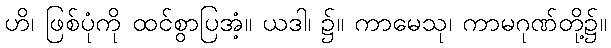
ဟိ၊ ဖြစ်ပုံကို ထင်စွာပြအံ့။ ယဒါ၊ ၌။ ကာမေသု၊ ကာမဂုဏ်တို့၌။